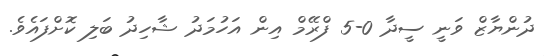
ދުންޔާޒް ވަނީ ސީދާ 0-5 ފްރޭމް އިން އަހުމަދު ޝާހިދު ބަލި ކޮށްފައެވެ.